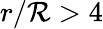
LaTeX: r/\mathcal{R}>4